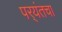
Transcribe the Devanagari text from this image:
पर्‍यंतचा